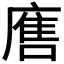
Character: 𭙲